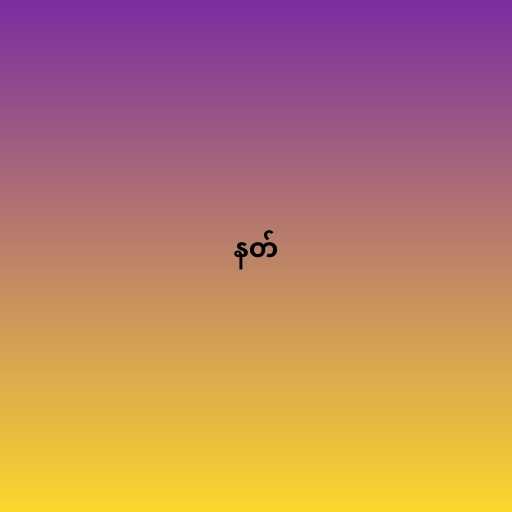
နတ်